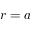
r = a